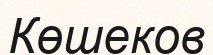
Көшеков